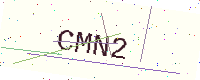
Text: CMN2